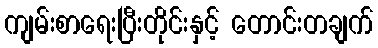
ကျမ်းစာရေးပြီးတိုင်းနှင့် တောင်းတချက်